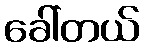
ခေါ်တယ်